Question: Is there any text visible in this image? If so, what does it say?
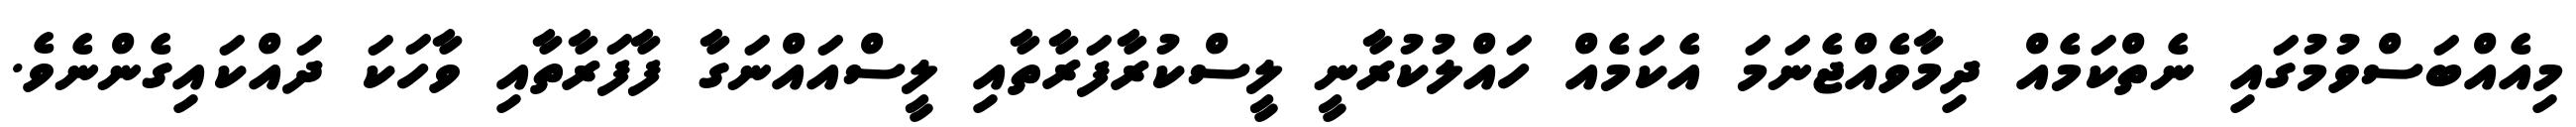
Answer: މިއެއްބަސްވުމުގައި ނެތްކަމެއް ދިމާވެއްޖެނަމަ އެކަމެއް ހައްލުކުރާނީ ލީސްކުރާފަރާތާއި ލީސްއައްނަގާ ފާފަރާތާއި ވާހަކަ ދައްކައިގެންނެވެ.